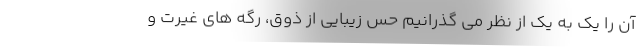
آن را یک به یک از نظر می گذرانیم حس زیبایی از ذوق، رگه های غیرت و